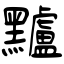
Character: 黸